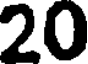
20